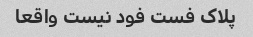
پلاک فست فود نیست واقعا